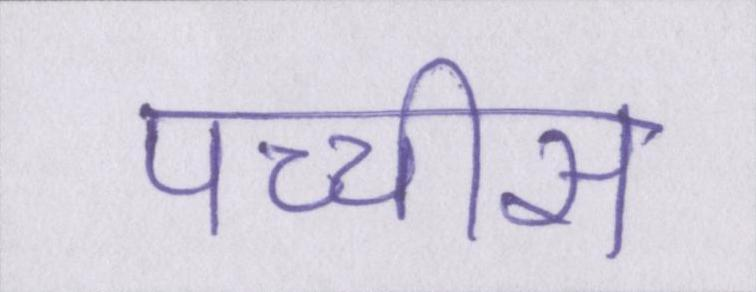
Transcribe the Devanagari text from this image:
पच्चीस